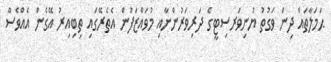
ޙަމަލާތައް ދިން ވަގުތު ޔުނިވަރސިޓީގެ ދަރިވަރުންނާއި މުވައްޒަފުން އެތެރޭގައި ތިބިއިރު އޭގެން އެއްވެސް